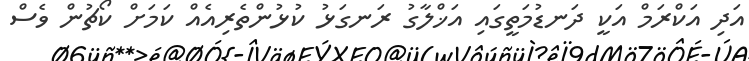
އަދި އަކްރަމް އަކީ ދަނޑުމަތީގައި އަޚްލާގު ރަނގަޅު ކުޅުންތެރިއެއް ކަމަށް ކޯޗުން ވެސް